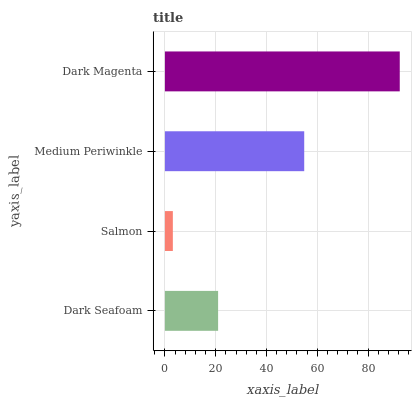
| yaxis_label | bars |
 | --- | --- |
 | Dark Seafoam | 21 |
 | Salmon | 3.13 |
 | Medium Periwinkle | 54.9 |
 | Dark Magenta | 92.5 |